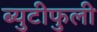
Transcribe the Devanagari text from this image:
ब्युटीफुली